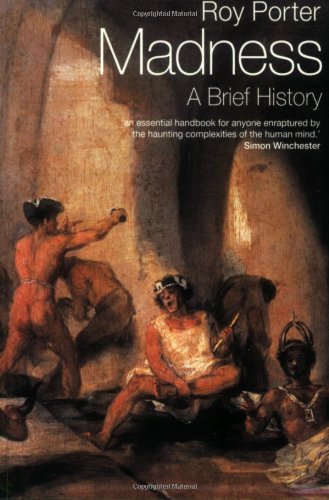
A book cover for Madness: A Brief History; Roy Porter; Medical Books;